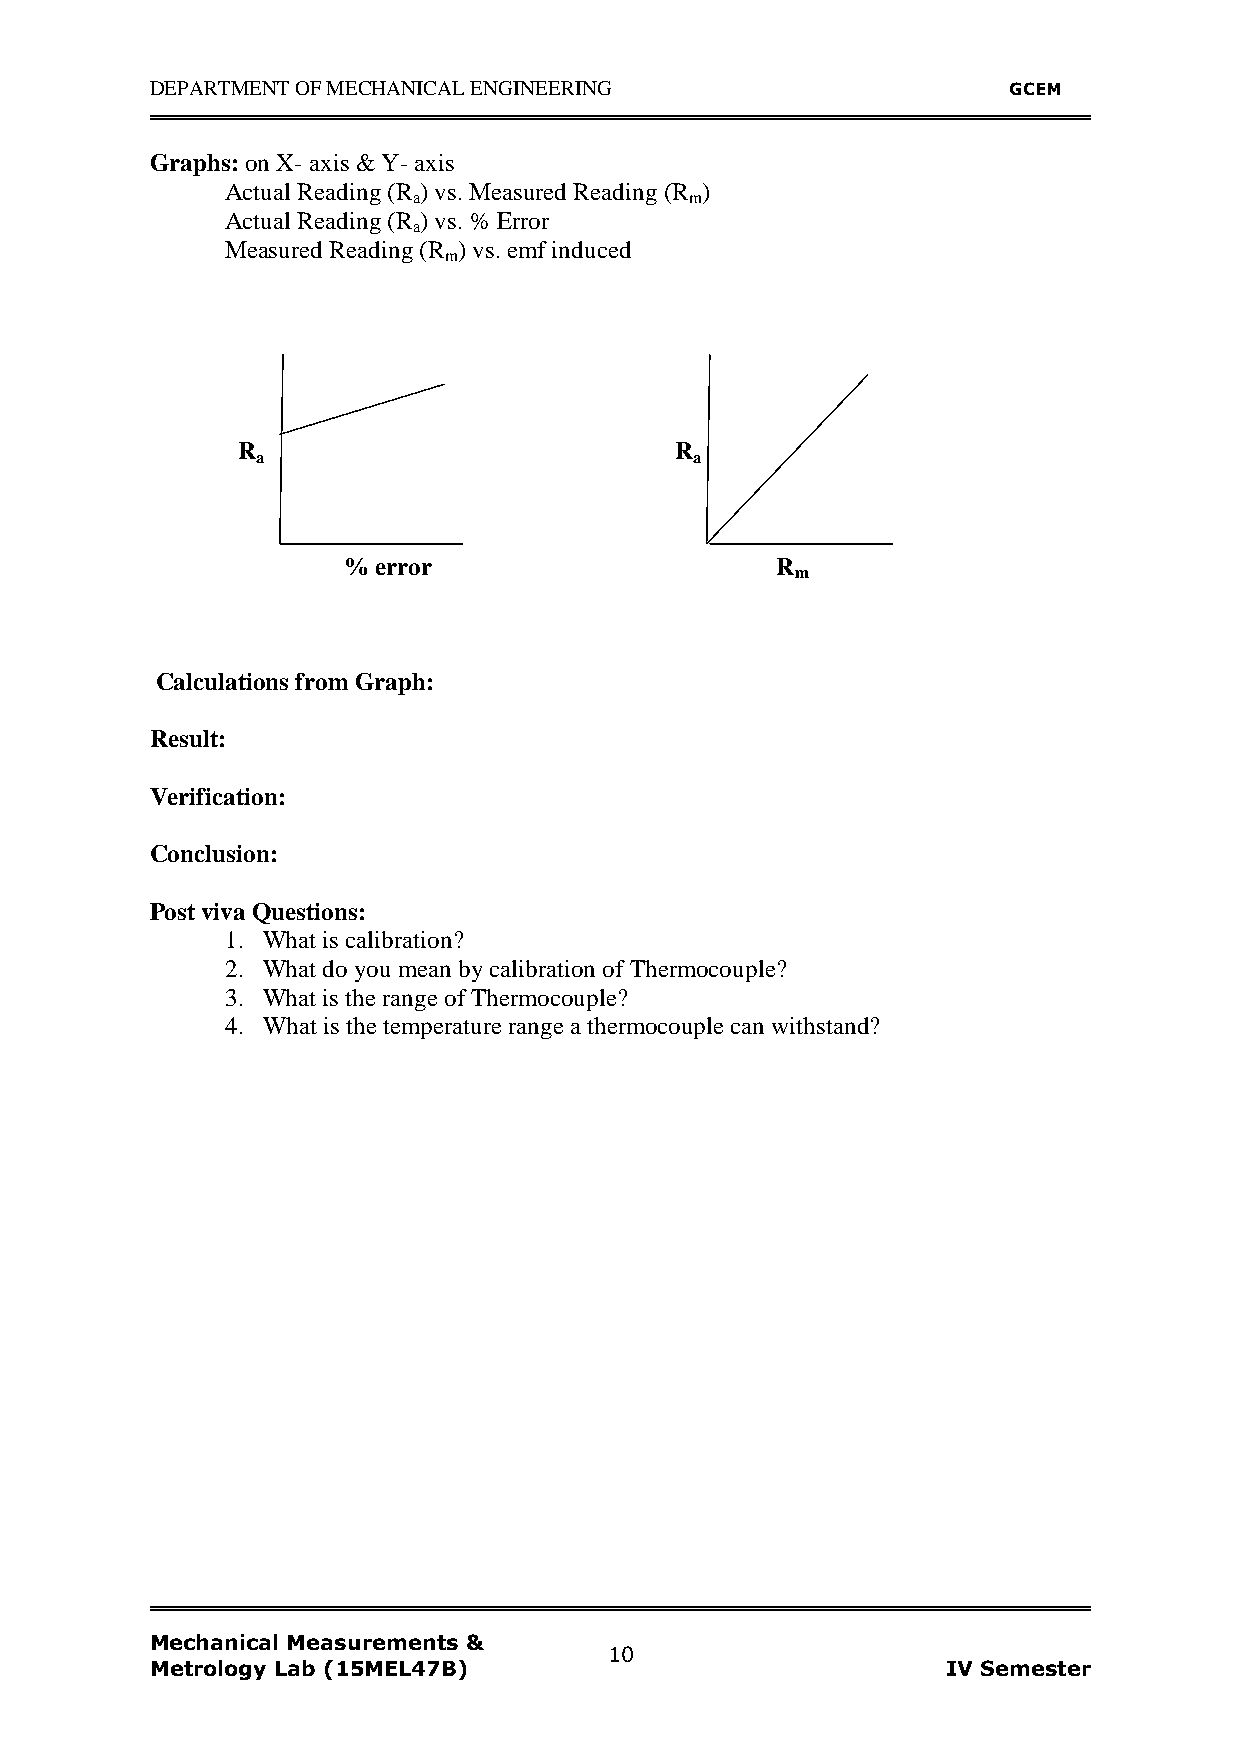
DEPARTMENT OF MECHANICAL ENGINEERING                     GCEM
 Graphs: on X- axis & Y- axis
 Actual Reading (R ) vs. Measured Reading (R )
 a                  m
 Actual Reading (R ) vs. % Error
 a
 Measured Reading (R ) vs. emf induced
 m
 R                            R
 a                            a
 % error                     R
 m
 Calculations from Graph:
 Result:
 Verification:
 Conclusion:
 Post viva Questions:
 1. What is calibration?
 2. What do you mean by calibration of Thermocouple?
 3. What is the range of Thermocouple?
 4. What is the temperature range a thermocouple can withstand?
 Mechanical Measurements &
 10
 Metrology Lab (15MEL47B)                             IV Semester